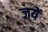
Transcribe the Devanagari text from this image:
जयें